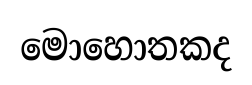
මොහොතකද